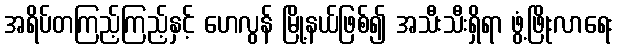
အရိပ်တကြည့်ကြည့်နှင့် ဟေလွန် မြို့နယ်ဖြစ်၍ အသီးသီးရှိရာ ဖွံ့ဖြိုးလာရေး